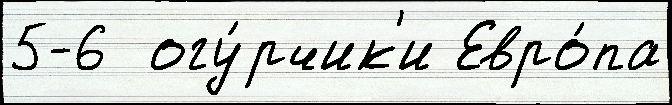
5-6  огу́рчик'и Евро́па